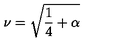
\nu = \sqrt { \frac { 1 } { 4 } + \alpha }